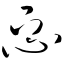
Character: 忑